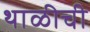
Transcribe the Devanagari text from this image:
थाळीची